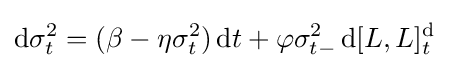
\mathrm {d} \sigma _{t}^{2}=(\beta -\eta \sigma _{t}^{2})\,\mathrm {d} t+\varphi \sigma _{t-}^{2}\,\mathrm {d} [L,L]_{t}^{\mathrm {d} }